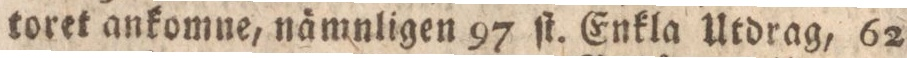
toret ankomne, nämnligen 97 ſt. Enkla Utdrag, 62